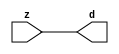

//------> ./rtl_mgc_ioport.v 
//------------------------------------------------------------------
//                M G C _ I O P O R T _ C O M P S
//------------------------------------------------------------------

//------------------------------------------------------------------
//                       M O D U L E S
//------------------------------------------------------------------

//------------------------------------------------------------------
//-- INPUT ENTITIES
//------------------------------------------------------------------

module mgc_in_wire (d, z);

  parameter integer rscid = 1;
  parameter integer width = 8;

  output [width-1:0] d;
  input  [width-1:0] z;

  wire   [width-1:0] d;

  assign d = z;

endmodule

//------------------------------------------------------------------

module mgc_in_wire_en (ld, d, lz, z);

  parameter integer rscid = 1;
  parameter integer width = 8;

  input              ld;
  output [width-1:0] d;
  output             lz;
  input  [width-1:0] z;

  wire   [width-1:0] d;
  wire               lz;

  assign d = z;
  assign lz = ld;

endmodule

//------------------------------------------------------------------

module mgc_in_wire_wait (ld, vd, d, lz, vz, z);

  parameter integer rscid = 1;
  parameter integer width = 8;

  input              ld;
  output             vd;
  output [width-1:0] d;
  output             lz;
  input              vz;
  input  [width-1:0] z;

  wire               vd;
  wire   [width-1:0] d;
  wire               lz;

  assign d = z;
  assign lz = ld;
  assign vd = vz;

endmodule
//------------------------------------------------------------------

module mgc_chan_in (ld, vd, d, lz, vz, z, size, req_size, sizez, sizelz);

  parameter integer rscid = 1;
  parameter integer width = 8;
  parameter integer sz_width = 8;

  input              ld;
  output             vd;
  output [width-1:0] d;
  output             lz;
  input              vz;
  input  [width-1:0] z;
  output [sz_width-1:0] size;
  input              req_size;
  input  [sz_width-1:0] sizez;
  output             sizelz;


  wire               vd;
  wire   [width-1:0] d;
  wire               lz;
  wire   [sz_width-1:0] size;
  wire               sizelz;

  assign d = z;
  assign lz = ld;
  assign vd = vz;
  assign size = sizez;
  assign sizelz = req_size;

endmodule


//------------------------------------------------------------------
//-- OUTPUT ENTITIES
//------------------------------------------------------------------

module mgc_out_stdreg (d, z);

  parameter integer rscid = 1;
  parameter integer width = 8;

  input    [width-1:0] d;
  output   [width-1:0] z;

  wire     [width-1:0] z;

  assign z = d;

endmodule

//------------------------------------------------------------------

module mgc_out_stdreg_en (ld, d, lz, z);

  parameter integer rscid = 1;
  parameter integer width = 8;

  input              ld;
  input  [width-1:0] d;
  output             lz;
  output [width-1:0] z;

  wire               lz;
  wire   [width-1:0] z;

  assign z = d;
  assign lz = ld;

endmodule

//------------------------------------------------------------------

module mgc_out_stdreg_wait (ld, vd, d, lz, vz, z);

  parameter integer rscid = 1;
  parameter integer width = 8;

  input              ld;
  output             vd;
  input  [width-1:0] d;
  output             lz;
  input              vz;
  output [width-1:0] z;

  wire               vd;
  wire               lz;
  wire   [width-1:0] z;

  assign z = d;
  assign lz = ld;
  assign vd = vz;

endmodule

//------------------------------------------------------------------

module mgc_out_prereg_en (ld, d, lz, z);

    parameter integer rscid = 1;
    parameter integer width = 8;

    input              ld;
    input  [width-1:0] d;
    output             lz;
    output [width-1:0] z;

    wire               lz;
    wire   [width-1:0] z;

    assign z = d;
    assign lz = ld;

endmodule

//------------------------------------------------------------------
//-- INOUT ENTITIES
//------------------------------------------------------------------

module mgc_inout_stdreg_en (ldin, din, ldout, dout, lzin, lzout, z);

    parameter integer rscid = 1;
    parameter integer width = 8;

    input              ldin;
    output [width-1:0] din;
    input              ldout;
    input  [width-1:0] dout;
    output             lzin;
    output             lzout;
    inout  [width-1:0] z;

    wire   [width-1:0] din;
    wire               lzin;
    wire               lzout;
    wire   [width-1:0] z;

    assign lzin = ldin;
    assign din = ldin ? z : {width{1'bz}};
    assign lzout = ldout;
    assign z = ldout ? dout : {width{1'bz}};

endmodule

//------------------------------------------------------------------
module hid_tribuf( I_SIG, ENABLE, O_SIG);
  parameter integer width = 8;

  input [width-1:0] I_SIG;
  input ENABLE;
  inout [width-1:0] O_SIG;

  assign O_SIG = (ENABLE) ? I_SIG : { width{1'bz}};

endmodule
//------------------------------------------------------------------

module mgc_inout_stdreg_wait (ldin, vdin, din, ldout, vdout, dout, lzin, vzin, lzout, vzout, z);

    parameter integer rscid = 1;
    parameter integer width = 8;

    input              ldin;
    output             vdin;
    output [width-1:0] din;
    input              ldout;
    output             vdout;
    input  [width-1:0] dout;
    output             lzin;
    input              vzin;
    output             lzout;
    input              vzout;
    inout  [width-1:0] z;

    wire               vdin;
    wire   [width-1:0] din;
    wire               vdout;
    wire               lzin;
    wire               lzout;
    wire   [width-1:0] z;
    wire   ldout_and_vzout;

    assign lzin = ldin;
    assign vdin = vzin;
    assign din = ldin ? z : {width{1'bz}};
    assign lzout = ldout;
    assign vdout = vzout ;
    assign ldout_and_vzout = ldout && vzout ;

    hid_tribuf #(width) tb( .I_SIG(dout),
                            .ENABLE(ldout_and_vzout),
                            .O_SIG(z) );

endmodule

//------------------------------------------------------------------

module mgc_inout_buf_wait (clk, en, arst, srst, ldin, vdin, din, ldout, vdout, dout, lzin, vzin, lzout, vzout, z);

    parameter integer rscid   = 0; // resource ID
    parameter integer width   = 8; // fifo width
    parameter         ph_clk  =  1'b1; // clock polarity 1=rising edge, 0=falling edge
    parameter         ph_en   =  1'b1; // clock enable polarity
    parameter         ph_arst =  1'b1; // async reset polarity
    parameter         ph_srst =  1'b1; // sync reset polarity

    input              clk;
    input              en;
    input              arst;
    input              srst;
    input              ldin;
    output             vdin;
    output [width-1:0] din;
    input              ldout;
    output             vdout;
    input  [width-1:0] dout;
    output             lzin;
    input              vzin;
    output             lzout;
    input              vzout;
    inout  [width-1:0] z;

    wire               lzout_buf;
    wire               vzout_buf;
    wire   [width-1:0] z_buf;
    wire               vdin;
    wire   [width-1:0] din;
    wire               vdout;
    wire               lzin;
    wire               lzout;
    wire   [width-1:0] z;

    assign lzin = ldin;
    assign vdin = vzin;
    assign din = ldin ? z : {width{1'bz}};
    assign lzout = lzout_buf & ~ldin;
    assign vzout_buf = vzout & ~ldin;
    hid_tribuf #(width) tb( .I_SIG(z_buf),
                            .ENABLE((lzout_buf && (!ldin) && vzout) ),
                            .O_SIG(z)  );

    mgc_out_buf_wait
    #(
        .rscid   (rscid),
        .width   (width),
        .ph_clk  (ph_clk),
        .ph_en   (ph_en),
        .ph_arst (ph_arst),
        .ph_srst (ph_srst)
    )
    BUFF
    (
        .clk     (clk),
        .en      (en),
        .arst    (arst),
        .srst    (srst),
        .ld      (ldout),
        .vd      (vdout),
        .d       (dout),
        .lz      (lzout_buf),
        .vz      (vzout_buf),
        .z       (z_buf)
    );


endmodule

module mgc_inout_fifo_wait (clk, en, arst, srst, ldin, vdin, din, ldout, vdout, dout, lzin, vzin, lzout, vzout, z);

    parameter integer rscid   = 0; // resource ID
    parameter integer width   = 8; // fifo width
    parameter integer fifo_sz = 8; // fifo depth
    parameter         ph_clk  = 1'b1;  // clock polarity 1=rising edge, 0=falling edge
    parameter         ph_en   = 1'b1;  // clock enable polarity
    parameter         ph_arst = 1'b1;  // async reset polarity
    parameter         ph_srst = 1'b1;  // sync reset polarity
    parameter integer ph_log2 = 3;     // log2(fifo_sz)
    parameter integer pwropt  = 0;     // pwropt

    input              clk;
    input              en;
    input              arst;
    input              srst;
    input              ldin;
    output             vdin;
    output [width-1:0] din;
    input              ldout;
    output             vdout;
    input  [width-1:0] dout;
    output             lzin;
    input              vzin;
    output             lzout;
    input              vzout;
    inout  [width-1:0] z;

    wire               lzout_buf;
    wire               vzout_buf;
    wire   [width-1:0] z_buf;
    wire               comb;
    wire               vdin;
    wire   [width-1:0] din;
    wire               vdout;
    wire               lzin;
    wire               lzout;
    wire   [width-1:0] z;

    assign lzin = ldin;
    assign vdin = vzin;
    assign din = ldin ? z : {width{1'bz}};
    assign lzout = lzout_buf & ~ldin;
    assign vzout_buf = vzout & ~ldin;
    assign comb = (lzout_buf && (!ldin) && vzout);

    hid_tribuf #(width) tb2( .I_SIG(z_buf), .ENABLE(comb), .O_SIG(z)  );

    mgc_out_fifo_wait
    #(
        .rscid   (rscid),
        .width   (width),
        .fifo_sz (fifo_sz),
        .ph_clk  (ph_clk),
        .ph_en   (ph_en),
        .ph_arst (ph_arst),
        .ph_srst (ph_srst),
        .ph_log2 (ph_log2),
        .pwropt  (pwropt)
    )
    FIFO
    (
        .clk   (clk),
        .en      (en),
        .arst    (arst),
        .srst    (srst),
        .ld      (ldout),
        .vd      (vdout),
        .d       (dout),
        .lz      (lzout_buf),
        .vz      (vzout_buf),
        .z       (z_buf)
    );

endmodule

//------------------------------------------------------------------
//-- I/O SYNCHRONIZATION ENTITIES
//------------------------------------------------------------------

module mgc_io_sync (ld, lz);

    input  ld;
    output lz;

    assign lz = ld;

endmodule

module mgc_bsync_rdy (rd, rz);

    parameter integer rscid   = 0; // resource ID
    parameter ready = 1;
    parameter valid = 0;

    input  rd;
    output rz;

    wire   rz;

    assign rz = rd;

endmodule

module mgc_bsync_vld (vd, vz);

    parameter integer rscid   = 0; // resource ID
    parameter ready = 0;
    parameter valid = 1;

    output vd;
    input  vz;

    wire   vd;

    assign vd = vz;

endmodule

module mgc_bsync_rv (rd, vd, rz, vz);

    parameter integer rscid   = 0; // resource ID
    parameter ready = 1;
    parameter valid = 1;

    input  rd;
    output vd;
    output rz;
    input  vz;

    wire   vd;
    wire   rz;

    assign rz = rd;
    assign vd = vz;

endmodule

//------------------------------------------------------------------

module mgc_sync (ldin, vdin, ldout, vdout);

  input  ldin;
  output vdin;
  input  ldout;
  output vdout;

  wire   vdin;
  wire   vdout;

  assign vdin = ldout;
  assign vdout = ldin;

endmodule

///////////////////////////////////////////////////////////////////////////////
// dummy function used to preserve funccalls for modulario
// it looks like a memory read to the caller
///////////////////////////////////////////////////////////////////////////////
module funccall_inout (d, ad, bd, z, az, bz);

  parameter integer ram_id = 1;
  parameter integer width = 8;
  parameter integer addr_width = 8;

  output [width-1:0]       d;
  input  [addr_width-1:0]  ad;
  input                    bd;
  input  [width-1:0]       z;
  output [addr_width-1:0]  az;
  output                   bz;

  wire   [width-1:0]       d;
  wire   [addr_width-1:0]  az;
  wire                     bz;

  assign d  = z;
  assign az = ad;
  assign bz = bd;

endmodule


///////////////////////////////////////////////////////////////////////////////
// inlinable modular io not otherwise found in mgc_ioport
///////////////////////////////////////////////////////////////////////////////

module modulario_en_in (vd, d, vz, z);

  parameter integer rscid = 1;
  parameter integer width = 8;

  output             vd;
  output [width-1:0] d;
  input              vz;
  input  [width-1:0] z;

  wire   [width-1:0] d;
  wire               vd;

  assign d = z;
  assign vd = vz;

endmodule

//------> ./rtl_mgc_ioport_v2001.v 
//------------------------------------------------------------------

module mgc_out_reg_pos (clk, en, arst, srst, ld, d, lz, z);

    parameter integer rscid   = 1;
    parameter integer width   = 8;
    parameter         ph_en   =  1'b1;
    parameter         ph_arst =  1'b1;
    parameter         ph_srst =  1'b1;

    input              clk;
    input              en;
    input              arst;
    input              srst;
    input              ld;
    input  [width-1:0] d;
    output             lz;
    output [width-1:0] z;

    reg                lz;
    reg    [width-1:0] z;

    generate
    if (ph_arst == 1'b0)
    begin: NEG_ARST
        always @(posedge clk or negedge arst)
        if (arst == 1'b0)
        begin: B1
            lz <= 1'b0;
            z  <= {width{1'b0}};
        end
        else if (srst == ph_srst)
        begin: B2
            lz <= 1'b0;
            z  <= {width{1'b0}};
        end
        else if (en == ph_en)
        begin: B3
            lz <= ld;
            z  <= (ld) ? d : z;
        end
    end
    else
    begin: POS_ARST
        always @(posedge clk or posedge arst)
        if (arst == 1'b1)
        begin: B1
            lz <= 1'b0;
            z  <= {width{1'b0}};
        end
        else if (srst == ph_srst)
        begin: B2
            lz <= 1'b0;
            z  <= {width{1'b0}};
        end
        else if (en == ph_en)
        begin: B3
            lz <= ld;
            z  <= (ld) ? d : z;
        end
    end
    endgenerate

endmodule

//------------------------------------------------------------------

module mgc_out_reg_neg (clk, en, arst, srst, ld, d, lz, z);

    parameter integer rscid   = 1;
    parameter integer width   = 8;
    parameter         ph_en   =  1'b1;
    parameter         ph_arst =  1'b1;
    parameter         ph_srst =  1'b1;

    input              clk;
    input              en;
    input              arst;
    input              srst;
    input              ld;
    input  [width-1:0] d;
    output             lz;
    output [width-1:0] z;

    reg                lz;
    reg    [width-1:0] z;

    generate
    if (ph_arst == 1'b0)
    begin: NEG_ARST
        always @(negedge clk or negedge arst)
        if (arst == 1'b0)
        begin: B1
            lz <= 1'b0;
            z  <= {width{1'b0}};
        end
        else if (srst == ph_srst)
        begin: B2
            lz <= 1'b0;
            z  <= {width{1'b0}};
        end
        else if (en == ph_en)
        begin: B3
            lz <= ld;
            z  <= (ld) ? d : z;
        end
    end
    else
    begin: POS_ARST
        always @(negedge clk or posedge arst)
        if (arst == 1'b1)
        begin: B1
            lz <= 1'b0;
            z  <= {width{1'b0}};
        end
        else if (srst == ph_srst)
        begin: B2
            lz <= 1'b0;
            z  <= {width{1'b0}};
        end
        else if (en == ph_en)
        begin: B3
            lz <= ld;
            z  <= (ld) ? d : z;
        end
    end
    endgenerate

endmodule

//------------------------------------------------------------------

module mgc_out_reg (clk, en, arst, srst, ld, d, lz, z); // Not Supported

    parameter integer rscid   = 1;
    parameter integer width   = 8;
    parameter         ph_clk  =  1'b1;
    parameter         ph_en   =  1'b1;
    parameter         ph_arst =  1'b1;
    parameter         ph_srst =  1'b1;

    input              clk;
    input              en;
    input              arst;
    input              srst;
    input              ld;
    input  [width-1:0] d;
    output             lz;
    output [width-1:0] z;


    generate
    if (ph_clk == 1'b0)
    begin: NEG_EDGE

        mgc_out_reg_neg
        #(
            .rscid   (rscid),
            .width   (width),
            .ph_en   (ph_en),
            .ph_arst (ph_arst),
            .ph_srst (ph_srst)
        )
        mgc_out_reg_neg_inst
        (
            .clk     (clk),
            .en      (en),
            .arst    (arst),
            .srst    (srst),
            .ld      (ld),
            .d       (d),
            .lz      (lz),
            .z       (z)
        );

    end
    else
    begin: POS_EDGE

        mgc_out_reg_pos
        #(
            .rscid   (rscid),
            .width   (width),
            .ph_en   (ph_en),
            .ph_arst (ph_arst),
            .ph_srst (ph_srst)
        )
        mgc_out_reg_pos_inst
        (
            .clk     (clk),
            .en      (en),
            .arst    (arst),
            .srst    (srst),
            .ld      (ld),
            .d       (d),
            .lz      (lz),
            .z       (z)
        );

    end
    endgenerate

endmodule




//------------------------------------------------------------------

module mgc_out_buf_wait (clk, en, arst, srst, ld, vd, d, vz, lz, z); // Not supported

    parameter integer rscid   = 1;
    parameter integer width   = 8;
    parameter         ph_clk  =  1'b1;
    parameter         ph_en   =  1'b1;
    parameter         ph_arst =  1'b1;
    parameter         ph_srst =  1'b1;

    input              clk;
    input              en;
    input              arst;
    input              srst;
    input              ld;
    output             vd;
    input  [width-1:0] d;
    output             lz;
    input              vz;
    output [width-1:0] z;

    wire               filled;
    wire               filled_next;
    wire   [width-1:0] abuf;
    wire               lbuf;


    assign filled_next = (filled & (~vz)) | (filled & ld) | (ld & (~vz));

    assign lbuf = ld & ~(filled ^ vz);

    assign vd = vz | ~filled;

    assign lz = ld | filled;

    assign z = (filled) ? abuf : d;

    wire dummy;
    wire dummy_bufreg_lz;

    // Output registers:
    mgc_out_reg
    #(
        .rscid   (rscid),
        .width   (1'b1),
        .ph_clk  (ph_clk),
        .ph_en   (ph_en),
        .ph_arst (ph_arst),
        .ph_srst (ph_srst)
    )
    STATREG
    (
        .clk     (clk),
        .en      (en),
        .arst    (arst),
        .srst    (srst),
        .ld      (filled_next),
        .d       (1'b0),       // input d is unused
        .lz      (filled),
        .z       (dummy)            // output z is unused
    );

    mgc_out_reg
    #(
        .rscid   (rscid),
        .width   (width),
        .ph_clk  (ph_clk),
        .ph_en   (ph_en),
        .ph_arst (ph_arst),
        .ph_srst (ph_srst)
    )
    BUFREG
    (
        .clk     (clk),
        .en      (en),
        .arst    (arst),
        .srst    (srst),
        .ld      (lbuf),
        .d       (d),
        .lz      (dummy_bufreg_lz),
        .z       (abuf)
    );

endmodule

//------------------------------------------------------------------

module mgc_out_fifo_wait (clk, en, arst, srst, ld, vd, d, lz, vz,  z);

    parameter integer rscid   = 0; // resource ID
    parameter integer width   = 8; // fifo width
    parameter integer fifo_sz = 8; // fifo depth
    parameter         ph_clk  = 1'b1; // clock polarity 1=rising edge, 0=falling edge
    parameter         ph_en   = 1'b1; // clock enable polarity
    parameter         ph_arst = 1'b1; // async reset polarity
    parameter         ph_srst = 1'b1; // sync reset polarity
    parameter integer ph_log2 = 3; // log2(fifo_sz)
    parameter integer pwropt  = 0; // pwropt


    input                 clk;
    input                 en;
    input                 arst;
    input                 srst;
    input                 ld;    // load data
    output                vd;    // fifo full active low
    input     [width-1:0] d;
    output                lz;    // fifo ready to send
    input                 vz;    // dest ready for data
    output    [width-1:0] z;

    wire    [31:0]      size;


      // Output registers:
 mgc_out_fifo_wait_core#(
        .rscid   (rscid),
        .width   (width),
        .sz_width (32),
        .fifo_sz (fifo_sz),
        .ph_clk  (ph_clk),
        .ph_en   (ph_en),
        .ph_arst (ph_arst),
        .ph_srst (ph_srst),
        .ph_log2 (ph_log2),
        .pwropt  (pwropt)
        ) CORE (
        .clk (clk),
        .en (en),
        .arst (arst),
        .srst (srst),
        .ld (ld),
        .vd (vd),
        .d (d),
        .lz (lz),
        .vz (vz),
        .z (z),
        .size (size)
        );

endmodule



module mgc_out_fifo_wait_core (clk, en, arst, srst, ld, vd, d, lz, vz,  z, size);

    parameter integer rscid   = 0; // resource ID
    parameter integer width   = 8; // fifo width
    parameter integer sz_width = 8; // size of port for elements in fifo
    parameter integer fifo_sz = 8; // fifo depth
    parameter         ph_clk  =  1'b1; // clock polarity 1=rising edge, 0=falling edge
    parameter         ph_en   =  1'b1; // clock enable polarity
    parameter         ph_arst =  1'b1; // async reset polarity
    parameter         ph_srst =  1'b1; // sync reset polarity
    parameter integer ph_log2 = 3; // log2(fifo_sz)
    parameter integer pwropt  = 0; // pwropt

   localparam integer  fifo_b = width * fifo_sz;

    input                 clk;
    input                 en;
    input                 arst;
    input                 srst;
    input                 ld;    // load data
    output                vd;    // fifo full active low
    input     [width-1:0] d;
    output                lz;    // fifo ready to send
    input                 vz;    // dest ready for data
    output    [width-1:0] z;
    output    [sz_width-1:0]      size;

    reg      [( (fifo_sz > 0) ? fifo_sz : 1)-1:0] stat_pre;
    wire     [( (fifo_sz > 0) ? fifo_sz : 1)-1:0] stat;
    reg      [( (fifo_b > 0) ? fifo_b : 1)-1:0] buff_pre;
    wire     [( (fifo_b > 0) ? fifo_b : 1)-1:0] buff;
    reg      [( (fifo_sz > 0) ? fifo_sz : 1)-1:0] en_l;
    reg      [(((fifo_sz > 0) ? fifo_sz : 1)-1)/8:0] en_l_s;

    reg       [width-1:0] buff_nxt;

    reg                   stat_nxt;
    reg                   stat_before;
    reg                   stat_after;
    reg                   en_l_var;

    integer               i;
    genvar                eni;

    wire [32:0]           size_t;
    reg [31:0]            count;
    reg [31:0]            count_t;
    reg [32:0]            n_elem;
// pragma translate_off
    reg [31:0]            peak;
// pragma translate_on

    wire [( (fifo_sz > 0) ? fifo_sz : 1)-1:0] dummy_statreg_lz;
    wire [( (fifo_b > 0) ? fifo_b : 1)-1:0] dummy_bufreg_lz;

    generate
    if ( fifo_sz > 0 )
    begin: FIFO_REG
      assign vd = vz | ~stat[0];
      assign lz = ld | stat[fifo_sz-1];
      assign size_t = (count - (vz && stat[fifo_sz-1])) + ld;
      assign size = size_t[sz_width-1:0];
      assign z = (stat[fifo_sz-1]) ? buff[fifo_b-1:width*(fifo_sz-1)] : d;

      always @(*)
      begin: FIFOPROC
        n_elem = 33'b0;
        for (i = fifo_sz-1; i >= 0; i = i - 1)
        begin
          if (i != 0)
            stat_before = stat[i-1];
          else
            stat_before = 1'b0;

          if (i != (fifo_sz-1))
            stat_after = stat[i+1];
          else
            stat_after = 1'b1;

          stat_nxt = stat_after &
                    (stat_before | (stat[i] & (~vz)) | (stat[i] & ld) | (ld & (~vz)));

          stat_pre[i] = stat_nxt;
          en_l_var = 1'b1;
          if (!stat_nxt)
            begin
              buff_nxt = {width{1'b0}};
              en_l_var = 1'b0;
            end
          else if (vz && stat_before)
            buff_nxt[0+:width] = buff[width*(i-1)+:width];
          else if (ld && !((vz && stat_before) || ((!vz) && stat[i])))
            buff_nxt = d;
          else
            begin
              if (pwropt == 0)
                buff_nxt[0+:width] = buff[width*i+:width];
              else
                buff_nxt = {width{1'b0}};
              en_l_var = 1'b0;
            end

          if (ph_en != 0)
            en_l[i] = en & en_l_var;
          else
            en_l[i] = en | ~en_l_var;

          buff_pre[width*i+:width] = buff_nxt[0+:width];

          if ((stat_after == 1'b1) && (stat[i] == 1'b0))
            n_elem = ($unsigned(fifo_sz) - 1) - i;
        end

        if (ph_en != 0)
          en_l_s[(((fifo_sz > 0) ? fifo_sz : 1)-1)/8] = 1'b1;
        else
          en_l_s[(((fifo_sz > 0) ? fifo_sz : 1)-1)/8] = 1'b0;

        for (i = fifo_sz-1; i >= 7; i = i - 1)
        begin
          if ((i%'d2) == 0)
          begin
            if (ph_en != 0)
              en_l_s[(i/8)-1] = en & (stat[i]|stat_pre[i-1]);
            else
              en_l_s[(i/8)-1] = en | ~(stat[i]|stat_pre[i-1]);
          end
        end

        if ( stat[fifo_sz-1] == 1'b0 )
          count_t = 32'b0;
        else if ( stat[0] == 1'b1 )
          count_t = { {(32-ph_log2){1'b0}}, fifo_sz};
        else
          count_t = n_elem[31:0];
        count = count_t;
// pragma translate_off
        if ( peak < count )
          peak = count;
// pragma translate_on
      end

      if (pwropt == 0)
      begin: NOCGFIFO
        // Output registers:
        mgc_out_reg
        #(
            .rscid   (rscid),
            .width   (fifo_sz),
            .ph_clk  (ph_clk),
            .ph_en   (ph_en),
            .ph_arst (ph_arst),
            .ph_srst (ph_srst)
        )
        STATREG
        (
            .clk     (clk),
            .en      (en),
            .arst    (arst),
            .srst    (srst),
            .ld      (1'b1),
            .d       (stat_pre),
            .lz      (dummy_statreg_lz[0]),
            .z       (stat)
        );
        mgc_out_reg
        #(
            .rscid   (rscid),
            .width   (fifo_b),
            .ph_clk  (ph_clk),
            .ph_en   (ph_en),
            .ph_arst (ph_arst),
            .ph_srst (ph_srst)
        )
        BUFREG
        (
            .clk     (clk),
            .en      (en),
            .arst    (arst),
            .srst    (srst),
            .ld      (1'b1),
            .d       (buff_pre),
            .lz      (dummy_bufreg_lz[0]),
            .z       (buff)
        );
      end
      else
      begin: CGFIFO
        // Output registers:
        if ( pwropt > 1)
        begin: CGSTATFIFO2
          for (eni = fifo_sz-1; eni >= 0; eni = eni - 1)
          begin: pwroptGEN1
            mgc_out_reg
            #(
              .rscid   (rscid),
              .width   (1),
              .ph_clk  (ph_clk),
              .ph_en   (ph_en),
              .ph_arst (ph_arst),
              .ph_srst (ph_srst)
            )
            STATREG
            (
              .clk     (clk),
              .en      (en_l_s[eni/8]),
              .arst    (arst),
              .srst    (srst),
              .ld      (1'b1),
              .d       (stat_pre[eni]),
              .lz      (dummy_statreg_lz[eni]),
              .z       (stat[eni])
            );
          end
        end
        else
        begin: CGSTATFIFO
          mgc_out_reg
          #(
            .rscid   (rscid),
            .width   (fifo_sz),
            .ph_clk  (ph_clk),
            .ph_en   (ph_en),
            .ph_arst (ph_arst),
            .ph_srst (ph_srst)
          )
          STATREG
          (
            .clk     (clk),
            .en      (en),
            .arst    (arst),
            .srst    (srst),
            .ld      (1'b1),
            .d       (stat_pre),
            .lz      (dummy_statreg_lz[0]),
            .z       (stat)
          );
        end
        for (eni = fifo_sz-1; eni >= 0; eni = eni - 1)
        begin: pwroptGEN2
          mgc_out_reg
          #(
            .rscid   (rscid),
            .width   (width),
            .ph_clk  (ph_clk),
            .ph_en   (ph_en),
            .ph_arst (ph_arst),
            .ph_srst (ph_srst)
          )
          BUFREG
          (
            .clk     (clk),
            .en      (en_l[eni]),
            .arst    (arst),
            .srst    (srst),
            .ld      (1'b1),
            .d       (buff_pre[width*eni+:width]),
            .lz      (dummy_bufreg_lz[eni]),
            .z       (buff[width*eni+:width])
          );
        end
      end
    end
    else
    begin: FEED_THRU
      assign vd = vz;
      assign lz = ld;
      assign z = d;
      assign size = ld && !vz;
    end
    endgenerate

endmodule

//------------------------------------------------------------------
//-- PIPE ENTITIES
//------------------------------------------------------------------
/*
 *
 *             _______________________________________________
 * WRITER    |                                               |          READER
 *           |           MGC_PIPE                            |
 *           |           __________________________          |
 *        --<| vdout  --<| vd ---------------  vz<|-----ldin<|---
 *           |           |      FIFO              |          |
 *        ---|>ldout  ---|>ld ---------------- lz |> ---vdin |>--
 *        ---|>dout -----|>d  ---------------- dz |> ----din |>--
 *           |           |________________________|          |
 *           |_______________________________________________|
 */
// two clock pipe
module mgc_pipe (clk, en, arst, srst, ldin, vdin, din, ldout, vdout, dout, size, req_size);

    parameter integer rscid   = 0; // resource ID
    parameter integer width   = 8; // fifo width
    parameter integer sz_width = 8; // width of size of elements in fifo
    parameter integer fifo_sz = 8; // fifo depth
    parameter integer log2_sz = 3; // log2(fifo_sz)
    parameter         ph_clk  = 1'b1;  // clock polarity 1=rising edge, 0=falling edge
    parameter         ph_en   = 1'b1;  // clock enable polarity
    parameter         ph_arst = 1'b1;  // async reset polarity
    parameter         ph_srst = 1'b1;  // sync reset polarity
    parameter integer pwropt  = 0; // pwropt

    input              clk;
    input              en;
    input              arst;
    input              srst;
    input              ldin;
    output             vdin;
    output [width-1:0] din;
    input              ldout;
    output             vdout;
    input  [width-1:0] dout;
    output [sz_width-1:0]      size;
    input              req_size;


    mgc_out_fifo_wait_core
    #(
        .rscid    (rscid),
        .width    (width),
        .sz_width (sz_width),
        .fifo_sz  (fifo_sz),
        .ph_clk   (ph_clk),
        .ph_en    (ph_en),
        .ph_arst  (ph_arst),
        .ph_srst  (ph_srst),
        .ph_log2  (log2_sz),
        .pwropt   (pwropt)
    )
    FIFO
    (
        .clk     (clk),
        .en      (en),
        .arst    (arst),
        .srst    (srst),
        .ld      (ldout),
        .vd      (vdout),
        .d       (dout),
        .lz      (vdin),
        .vz      (ldin),
        .z       (din),
        .size    (size)
    );

endmodule


//------> ./rtl.v 
// ----------------------------------------------------------------------
//  HLS HDL:        Verilog Netlister
//  HLS Version:    2011a.126 Production Release
//  HLS Date:       Wed Aug  8 00:52:07 PDT 2012
// 
//  Generated by:   oh1015@EEWS104A-005
//  Generated date: Thu Apr 28 18:38:39 2016
// ----------------------------------------------------------------------

// 
// ------------------------------------------------------------------
//  Design Unit:    cdt_core
// ------------------------------------------------------------------


module cdt_core (
  clk, arst_n, H_IN_rsc_mgc_in_wire_d, S_IN_rsc_mgc_in_wire_d, V_IN_rsc_mgc_in_wire_d,
      R_OUT_rsc_mgc_out_stdreg_d, B_OUT_rsc_mgc_out_stdreg_d
);
  input clk;
  input arst_n;
  input [9:0] H_IN_rsc_mgc_in_wire_d;
  input [9:0] S_IN_rsc_mgc_in_wire_d;
  input [9:0] V_IN_rsc_mgc_in_wire_d;
  output [9:0] R_OUT_rsc_mgc_out_stdreg_d;
  output [9:0] B_OUT_rsc_mgc_out_stdreg_d;


  // Interconnect Declarations
  reg oelse_slc_svs;
  reg if_slc_svs;
  reg if_1_slc_svs;
  reg reg_B_OUT_rsc_mgc_out_stdreg_d_reg;
  reg reg_R_OUT_rsc_mgc_out_stdreg_d_reg;
  wire [9:0] oelse_acc_1_itm;
  wire [10:0] nl_oelse_acc_1_itm;
  wire [10:0] oelse_acc_itm;
  wire [11:0] nl_oelse_acc_itm;
  wire [9:0] if_acc_2_itm;
  wire [10:0] nl_if_acc_2_itm;
  wire [9:0] oelse_1_acc_itm;
  wire [10:0] nl_oelse_1_acc_itm;
  wire [9:0] if_acc_1_itm;
  wire [10:0] nl_if_acc_1_itm;
  wire [10:0] aif_5_acc_itm;
  wire [11:0] nl_aif_5_acc_itm;
  wire [9:0] if_1_acc_1_itm;
  wire [10:0] nl_if_1_acc_1_itm;
  wire if_slc_svs_mx0;
  wire oelse_slc_svs_mx0;
  wire if_1_slc_svs_mx0;


  // Interconnect Declarations for Component Instantiations 
  assign B_OUT_rsc_mgc_out_stdreg_d = {{9{reg_B_OUT_rsc_mgc_out_stdreg_d_reg}}, reg_B_OUT_rsc_mgc_out_stdreg_d_reg};
  assign R_OUT_rsc_mgc_out_stdreg_d = {{9{reg_R_OUT_rsc_mgc_out_stdreg_d_reg}}, reg_R_OUT_rsc_mgc_out_stdreg_d_reg};
  assign if_slc_svs_mx0 = MUX_s_1_2_2({(readslicef_10_1_9((conv_u2u_9_10(H_IN_rsc_mgc_in_wire_d[9:1])
      + 10'b1101010001))) , if_slc_svs}, ((if_acc_1_itm[9]) | (if_acc_2_itm[9]))
      & ((oelse_acc_itm[10]) | (oelse_acc_1_itm[9])));
  assign nl_oelse_acc_1_itm = conv_u2u_9_10(V_IN_rsc_mgc_in_wire_d[9:1]) + 10'b1111110001;
  assign oelse_acc_1_itm = nl_oelse_acc_1_itm[9:0];
  assign nl_oelse_acc_itm = conv_u2s_10_11(S_IN_rsc_mgc_in_wire_d) + 11'b11110111111;
  assign oelse_acc_itm = nl_oelse_acc_itm[10:0];
  assign oelse_slc_svs_mx0 = MUX_s_1_2_2({(oelse_acc_itm[10]) , oelse_slc_svs}, ~((if_acc_1_itm[9])
      | (if_acc_2_itm[9])));
  assign nl_if_acc_2_itm = conv_u2u_9_10(S_IN_rsc_mgc_in_wire_d[9:1]) + 10'b1111011101;
  assign if_acc_2_itm = nl_if_acc_2_itm[9:0];
  assign if_1_slc_svs_mx0 = MUX_s_1_2_2({(readslicef_10_1_9((conv_u2u_9_10(H_IN_rsc_mgc_in_wire_d[9:1])
      + 10'b1110100001))) , if_1_slc_svs}, ((if_acc_1_itm[9]) | (oelse_1_acc_itm[9]))
      & ((if_1_acc_1_itm[9]) | (~ (aif_5_acc_itm[10]))));
  assign nl_oelse_1_acc_itm = conv_u2u_9_10(S_IN_rsc_mgc_in_wire_d[9:1]) + 10'b1111100111;
  assign oelse_1_acc_itm = nl_oelse_1_acc_itm[9:0];
  assign nl_if_acc_1_itm = conv_u2u_9_10(V_IN_rsc_mgc_in_wire_d[9:1]) + 10'b1111111011;
  assign if_acc_1_itm = nl_if_acc_1_itm[9:0];
  assign nl_aif_5_acc_itm = ({1'b1 , (~ V_IN_rsc_mgc_in_wire_d)}) + 11'b11111;
  assign aif_5_acc_itm = nl_aif_5_acc_itm[10:0];
  assign nl_if_1_acc_1_itm = conv_u2u_9_10(S_IN_rsc_mgc_in_wire_d[9:1]) + 10'b1111110001;
  assign if_1_acc_1_itm = nl_if_1_acc_1_itm[9:0];
  always @(posedge clk or negedge arst_n) begin
    if ( ~ arst_n ) begin
      if_slc_svs <= 1'b0;
      oelse_slc_svs <= 1'b0;
      if_1_slc_svs <= 1'b0;
      reg_B_OUT_rsc_mgc_out_stdreg_d_reg <= 1'b0;
      reg_R_OUT_rsc_mgc_out_stdreg_d_reg <= 1'b0;
    end
    else begin
      if_slc_svs <= if_slc_svs_mx0;
      oelse_slc_svs <= oelse_slc_svs_mx0;
      if_1_slc_svs <= if_1_slc_svs_mx0;
      reg_B_OUT_rsc_mgc_out_stdreg_d_reg <= ~((readslicef_11_1_10((({1'b1 , (~ H_IN_rsc_mgc_in_wire_d)})
          + 11'b100000101))) | if_1_slc_svs_mx0 | (~((~((oelse_1_acc_itm[9]) | (if_acc_1_itm[9])))
          | ((aif_5_acc_itm[10]) & (~ (if_1_acc_1_itm[9]))))));
      reg_R_OUT_rsc_mgc_out_stdreg_d_reg <= (~((readslicef_9_1_8((({1'b1 , (~ (H_IN_rsc_mgc_in_wire_d[8:1]))})
          + 9'b111))) & if_slc_svs_mx0)) & ((~((oelse_acc_1_itm[9]) | oelse_slc_svs_mx0))
          | (~((if_acc_2_itm[9]) | (if_acc_1_itm[9]))));
    end
  end

  function [0:0] MUX_s_1_2_2;
    input [1:0] inputs;
    input [0:0] sel;
    reg [0:0] result;
  begin
    case (sel)
      1'b0 : begin
        result = inputs[1:1];
      end
      1'b1 : begin
        result = inputs[0:0];
      end
      default : begin
        result = inputs[1:1];
      end
    endcase
    MUX_s_1_2_2 = result;
  end
  endfunction


  function [0:0] readslicef_10_1_9;
    input [9:0] vector;
    reg [9:0] tmp;
  begin
    tmp = vector >> 9;
    readslicef_10_1_9 = tmp[0:0];
  end
  endfunction


  function [0:0] readslicef_11_1_10;
    input [10:0] vector;
    reg [10:0] tmp;
  begin
    tmp = vector >> 10;
    readslicef_11_1_10 = tmp[0:0];
  end
  endfunction


  function [0:0] readslicef_9_1_8;
    input [8:0] vector;
    reg [8:0] tmp;
  begin
    tmp = vector >> 8;
    readslicef_9_1_8 = tmp[0:0];
  end
  endfunction


  function  [9:0] conv_u2u_9_10 ;
    input [8:0]  vector ;
  begin
    conv_u2u_9_10 = {1'b0, vector};
  end
  endfunction


  function signed [10:0] conv_u2s_10_11 ;
    input [9:0]  vector ;
  begin
    conv_u2s_10_11 = {1'b0, vector};
  end
  endfunction

endmodule

// ------------------------------------------------------------------
//  Design Unit:    cdt
//  Generated from file(s):
//    2) $PROJECT_HOME/cdt.cpp
// ------------------------------------------------------------------


module cdt (
  H_IN_rsc_z, S_IN_rsc_z, V_IN_rsc_z, R_OUT_rsc_z, G_OUT_rsc_z, B_OUT_rsc_z, clk,
      arst_n
);
  input [9:0] H_IN_rsc_z;
  input [9:0] S_IN_rsc_z;
  input [9:0] V_IN_rsc_z;
  output [9:0] R_OUT_rsc_z;
  output [9:0] G_OUT_rsc_z;
  output [9:0] B_OUT_rsc_z;
  input clk;
  input arst_n;


  // Interconnect Declarations
  wire [9:0] H_IN_rsc_mgc_in_wire_d;
  wire [9:0] S_IN_rsc_mgc_in_wire_d;
  wire [9:0] V_IN_rsc_mgc_in_wire_d;
  wire [9:0] R_OUT_rsc_mgc_out_stdreg_d;
  wire [9:0] B_OUT_rsc_mgc_out_stdreg_d;


  // Interconnect Declarations for Component Instantiations 
  mgc_in_wire #(.rscid(1),
  .width(10)) H_IN_rsc_mgc_in_wire (
      .d(H_IN_rsc_mgc_in_wire_d),
      .z(H_IN_rsc_z)
    );
  mgc_in_wire #(.rscid(2),
  .width(10)) S_IN_rsc_mgc_in_wire (
      .d(S_IN_rsc_mgc_in_wire_d),
      .z(S_IN_rsc_z)
    );
  mgc_in_wire #(.rscid(3),
  .width(10)) V_IN_rsc_mgc_in_wire (
      .d(V_IN_rsc_mgc_in_wire_d),
      .z(V_IN_rsc_z)
    );
  mgc_out_stdreg #(.rscid(4),
  .width(10)) R_OUT_rsc_mgc_out_stdreg (
      .d(R_OUT_rsc_mgc_out_stdreg_d),
      .z(R_OUT_rsc_z)
    );
  mgc_out_stdreg #(.rscid(5),
  .width(10)) G_OUT_rsc_mgc_out_stdreg (
      .d(10'b0),
      .z(G_OUT_rsc_z)
    );
  mgc_out_stdreg #(.rscid(6),
  .width(10)) B_OUT_rsc_mgc_out_stdreg (
      .d(B_OUT_rsc_mgc_out_stdreg_d),
      .z(B_OUT_rsc_z)
    );
  cdt_core cdt_core_inst (
      .clk(clk),
      .arst_n(arst_n),
      .H_IN_rsc_mgc_in_wire_d(H_IN_rsc_mgc_in_wire_d),
      .S_IN_rsc_mgc_in_wire_d(S_IN_rsc_mgc_in_wire_d),
      .V_IN_rsc_mgc_in_wire_d(V_IN_rsc_mgc_in_wire_d),
      .R_OUT_rsc_mgc_out_stdreg_d(R_OUT_rsc_mgc_out_stdreg_d),
      .B_OUT_rsc_mgc_out_stdreg_d(B_OUT_rsc_mgc_out_stdreg_d)
    );
endmodule